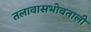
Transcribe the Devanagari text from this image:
तलावासभोवताली